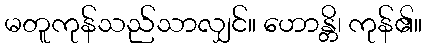
မတူကုန်သည်သာလျှင်။ ဟောန္တိ၊ ကုန်၏။